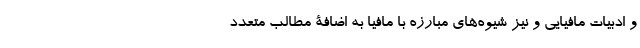
و ادبیات مافیایی و نیز شیوه‌های مبارزه با مافیا به اضافۀ مطالب متعدد